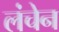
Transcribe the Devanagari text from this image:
लंचेन